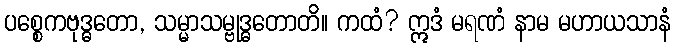
ပစ္စေကဗုဒ္ဓတော, သမ္မာသမ္ဗုဒ္ဓတောတိ။ ကထံ? ဣဒံ မရဏံ နာမ မဟာယသာနံ